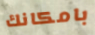
بامكانك